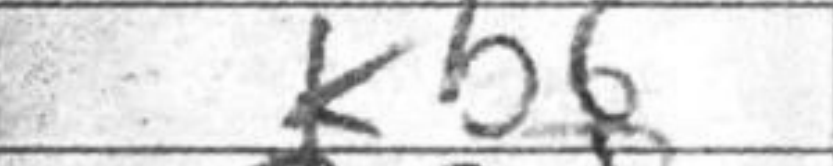
Transcription: Kb6